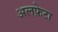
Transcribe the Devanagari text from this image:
अलफ़ेटा